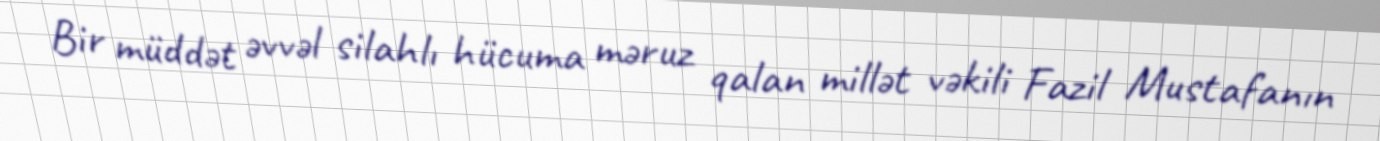
Bir müddət əvvəl silahlı hücuma məruz qalan millət vəkili Fazil Mustafanın